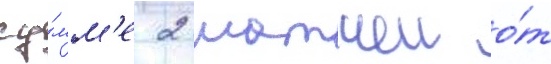
су́мм'е 2 матчеи о́т